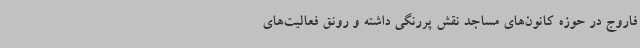
فاروج در حوزه کانون‌های مساجد نقش پررنگی داشته و رونق فعالیت‌های